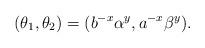
LaTeX: \begin{align*} (\theta_1,\theta_2)=(b^{-x}\alpha^y,a^{-x}\beta^y) .\end{align*}